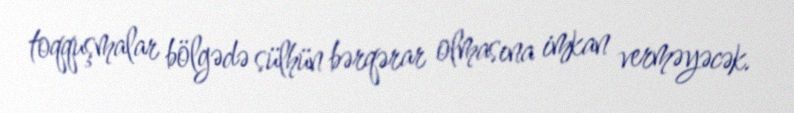
toqquşmalar bölgədə sülhün bərqərar olmasına imkan verməyəcək.